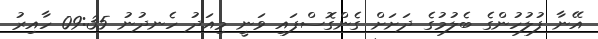
އޭނާ ފުލުހުންގެ ބެލުމުގެ ދަށަށް ގެންގޮސްފައި ވަނީ މިއަދު ހެނދުނު 09:35 ހާއިރު